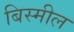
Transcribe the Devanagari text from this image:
बिस्मील